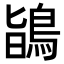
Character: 鴲